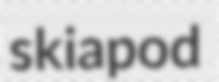
skiapod